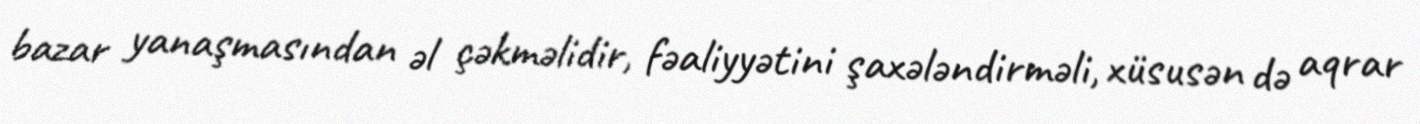
bazar yanaşmasından əl çəkməlidir, fəaliyyətini şaxələndirməli, xüsusən də aqrar